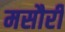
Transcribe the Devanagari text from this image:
मसौरी